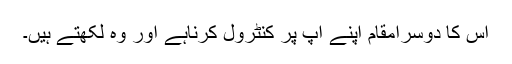
اس کا دوسرامقام اپنے آپ پر کنٹرول کرناہے اور وہ لکھتے ہیں۔